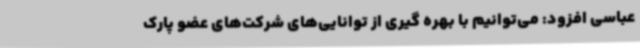
عباسی افزود: می‌توانیم با بهره گیری از توانایی‌های شرکت‌های عضو پارک